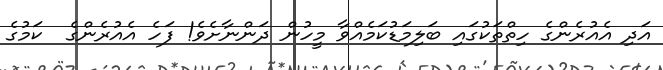
އަދި އެއުރެންގެ ހިތްތަކުގައި ބަލިމަޑުކަމެއްވާ މީހުން ދަންނާށެވެ! ފަހެ އެއުރެންގެ  ކަމުގެ